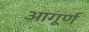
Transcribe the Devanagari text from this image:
आगूर्ण